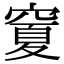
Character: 𥧜